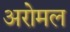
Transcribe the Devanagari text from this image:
अरोमल